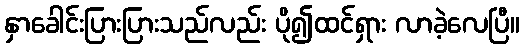
နှာခေါင်းပြားပြားသည်လည်း ပို၍ထင်ရှား လာခဲ့လေပြီ။